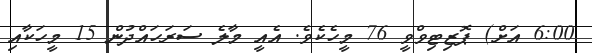
6:00 އަށް) ޕޮޒިޓިވްވީ 76 މީހެކެވެ. އެއީ މާލެ ސަރަހައްދުން 15 މީހަކާއި